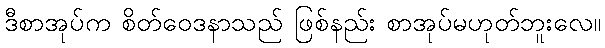
ဒီစာအုပ်က စိတ်ဝေဒနာသည် ဖြစ်နည်း စာအုပ်မဟုတ်ဘူးလေ။